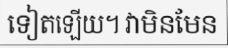
ទៀតឡើយ។ វាមិនមែន